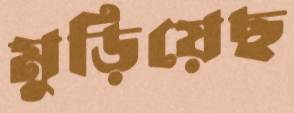
মুড়িয়েছ